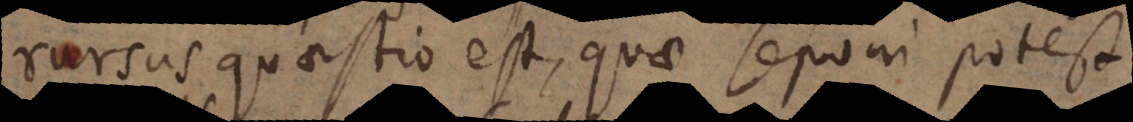
rursus quaestio est, quae seponi potest.